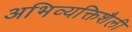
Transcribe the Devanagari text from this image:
अभिव्यक्तिशैली